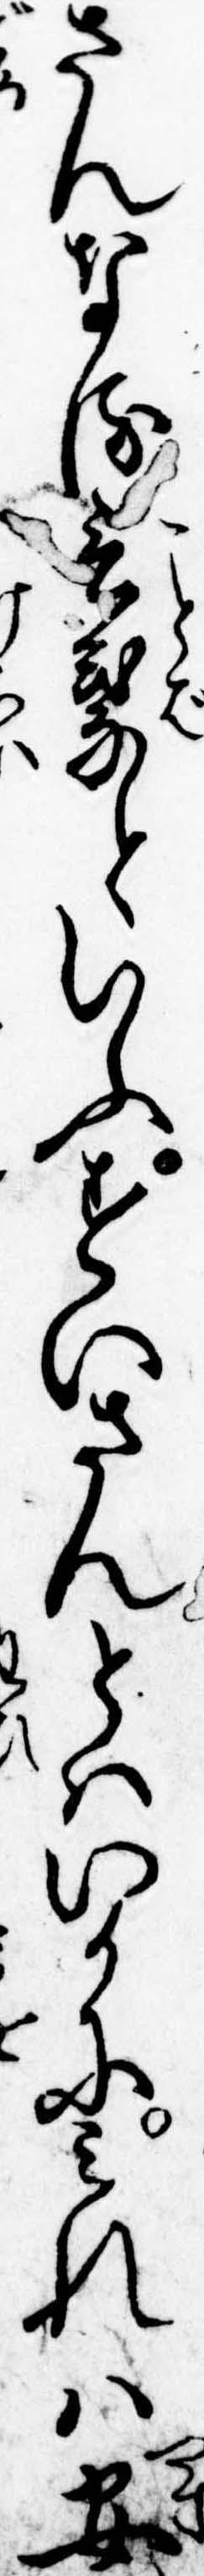
さんなる言葉といふすいさんとはいかにみれは安